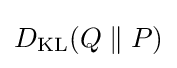
D_{\mathrm {KL} }(Q\parallel P)